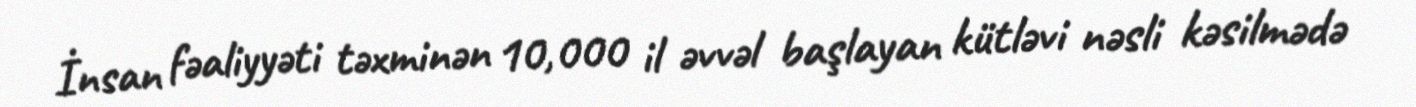
İnsan fəaliyyəti təxminən 10,000 il əvvəl başlayan kütləvi nəsli kəsilmədə